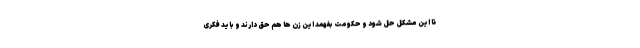
تا این مشکل حل شود و حکومت بفهمد این زن ها هم حق دارند و باید فکری